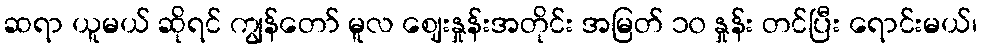
ဆရာ ယူမယ် ဆိုရင် ကျွန်တော် မူလ ဈေးနှုန်းအတိုင်း အမြတ် ၁၀ နှုန်း တင်ပြီး ရောင်းမယ်၊